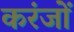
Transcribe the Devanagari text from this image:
करंजों